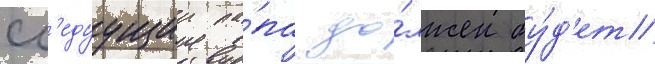
сл'едуущии па́па до́лжен бу́д'ет